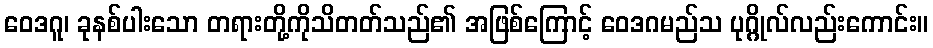
ဝေဒဂူ၊ ခုနစ်ပါးသော တရားတို့ကိုသိတတ်သည်၏ အဖြစ်ကြောင့် ဝေဒဂမည်သ ပုဂ္ဂိုလ်လည်းကောင်း။